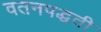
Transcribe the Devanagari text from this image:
वतनपद्धती